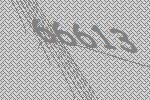
66613